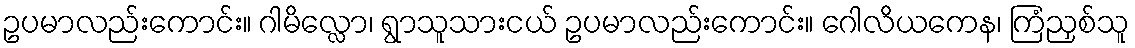
ဥပမာလည်းကောင်း။ ဂါမိလ္လော၊ ရွာသူသားငယ် ဥပမာလည်းကောင်း။ ဂေါလိယကေန၊ ကြံညှစ်သူ